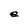
Character: e